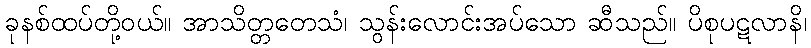
ခုနစ်ထပ်တို့ဝယ်။ အာသိတ္တတေသံ၊ သွန်းလောင်းအပ်သော ဆီသည်။ ပိစုပဋလာနိ၊